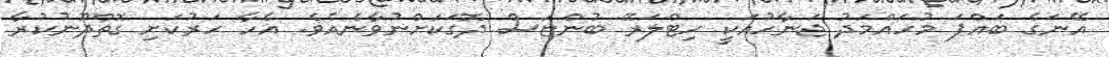
އޭނަގެ ބައްޕަ މުހައްމަދު ޖަނާހުއަކީ ހިޓްލަރޭ ބުންޏަސް ދޮގަކަށްނުވާނެއެވެ. އެހާ ހަރުކަށި ގޮތްދޫނުކުރާ